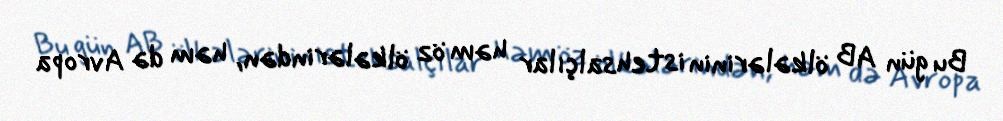
Bu gün AB ölkələrinin istehsalçılar həm öz ölkələrindən, həm də Avropa